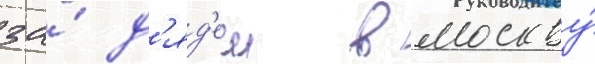
за́ д'яд'еи в москву́